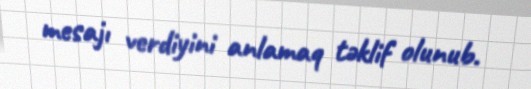
mesajı verdiyini anlamaq təklif olunub.